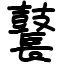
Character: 鼚